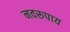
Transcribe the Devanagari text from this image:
नवरूपाय